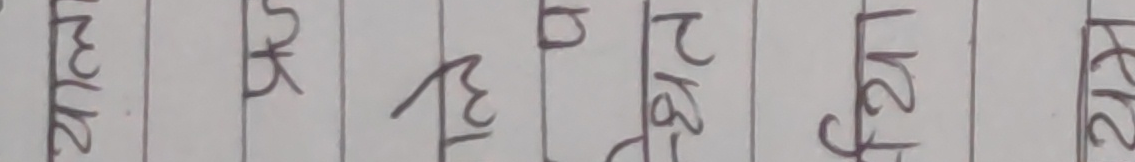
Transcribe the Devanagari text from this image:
माले क्रन् हे२ टपा ल२१ २२